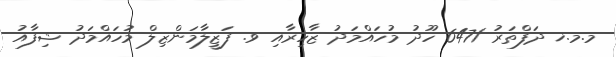
މ.މ.ޚ ދަފްތަރު 6471 ހޫދު މުހައްމަދު ޒާހިރާއި ވ. ފަޒީލާމަންޒިލް މުހައްމަދު ޝިފާއު